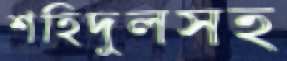
শহিদুলসহ